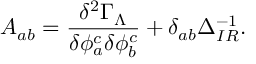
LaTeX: A _ { a b } = \frac { \delta ^ { 2 } \Gamma _ { \Lambda } } { \delta \phi _ { a } ^ { c } \delta \phi _ { b } ^ { c } } + \delta _ { a b } \Delta _ { I R } ^ { - 1 } .